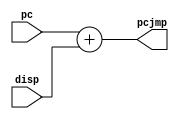
module jmp_addr(pc,disp,pcjmp);
output [7:0] pcjmp;
input [7:0] pc, disp;
assign pcjmp= pc+disp;
endmodule